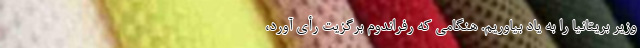
وزیر بریتانیا را به یاد بیاوریم. هنگامی که رفراندوم برگزیت رأی آورد،